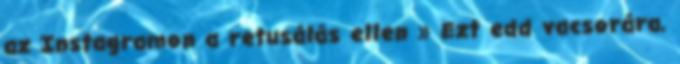
az Instagramon a retusálás ellen » Ezt edd vacsorára,